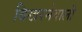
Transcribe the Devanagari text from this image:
बिखरनेवाली